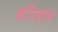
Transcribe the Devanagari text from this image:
बॉरडन